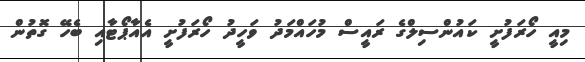
މިއީ ހޯރަފުށީ ކައުންސިލްގެ ރައީސް މުހައްމަދު ވަހީދު ހޯރަފުށީ އެއާޕޯޓާއި ބެހޭ ގޮތުން